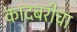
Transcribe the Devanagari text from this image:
कादबरीचा